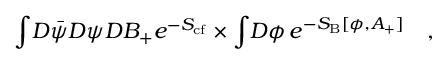
\int \! D \bar { \psi } D \psi D B _ { + } e ^ { - S _ { \mathrm { { c f } } } } \times \int \! D \phi \, e ^ { - S _ { \mathrm { { B } } } [ \phi , A _ { + } ] } \quad ,